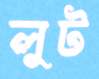
লুট